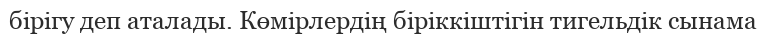
бірігу деп аталады. Көмірлердің біріккіштігін тигельдік сынама